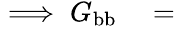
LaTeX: \begin{array}{rl}{\implies G_{\mathrm{bb}}}&{{}=}\end{array}